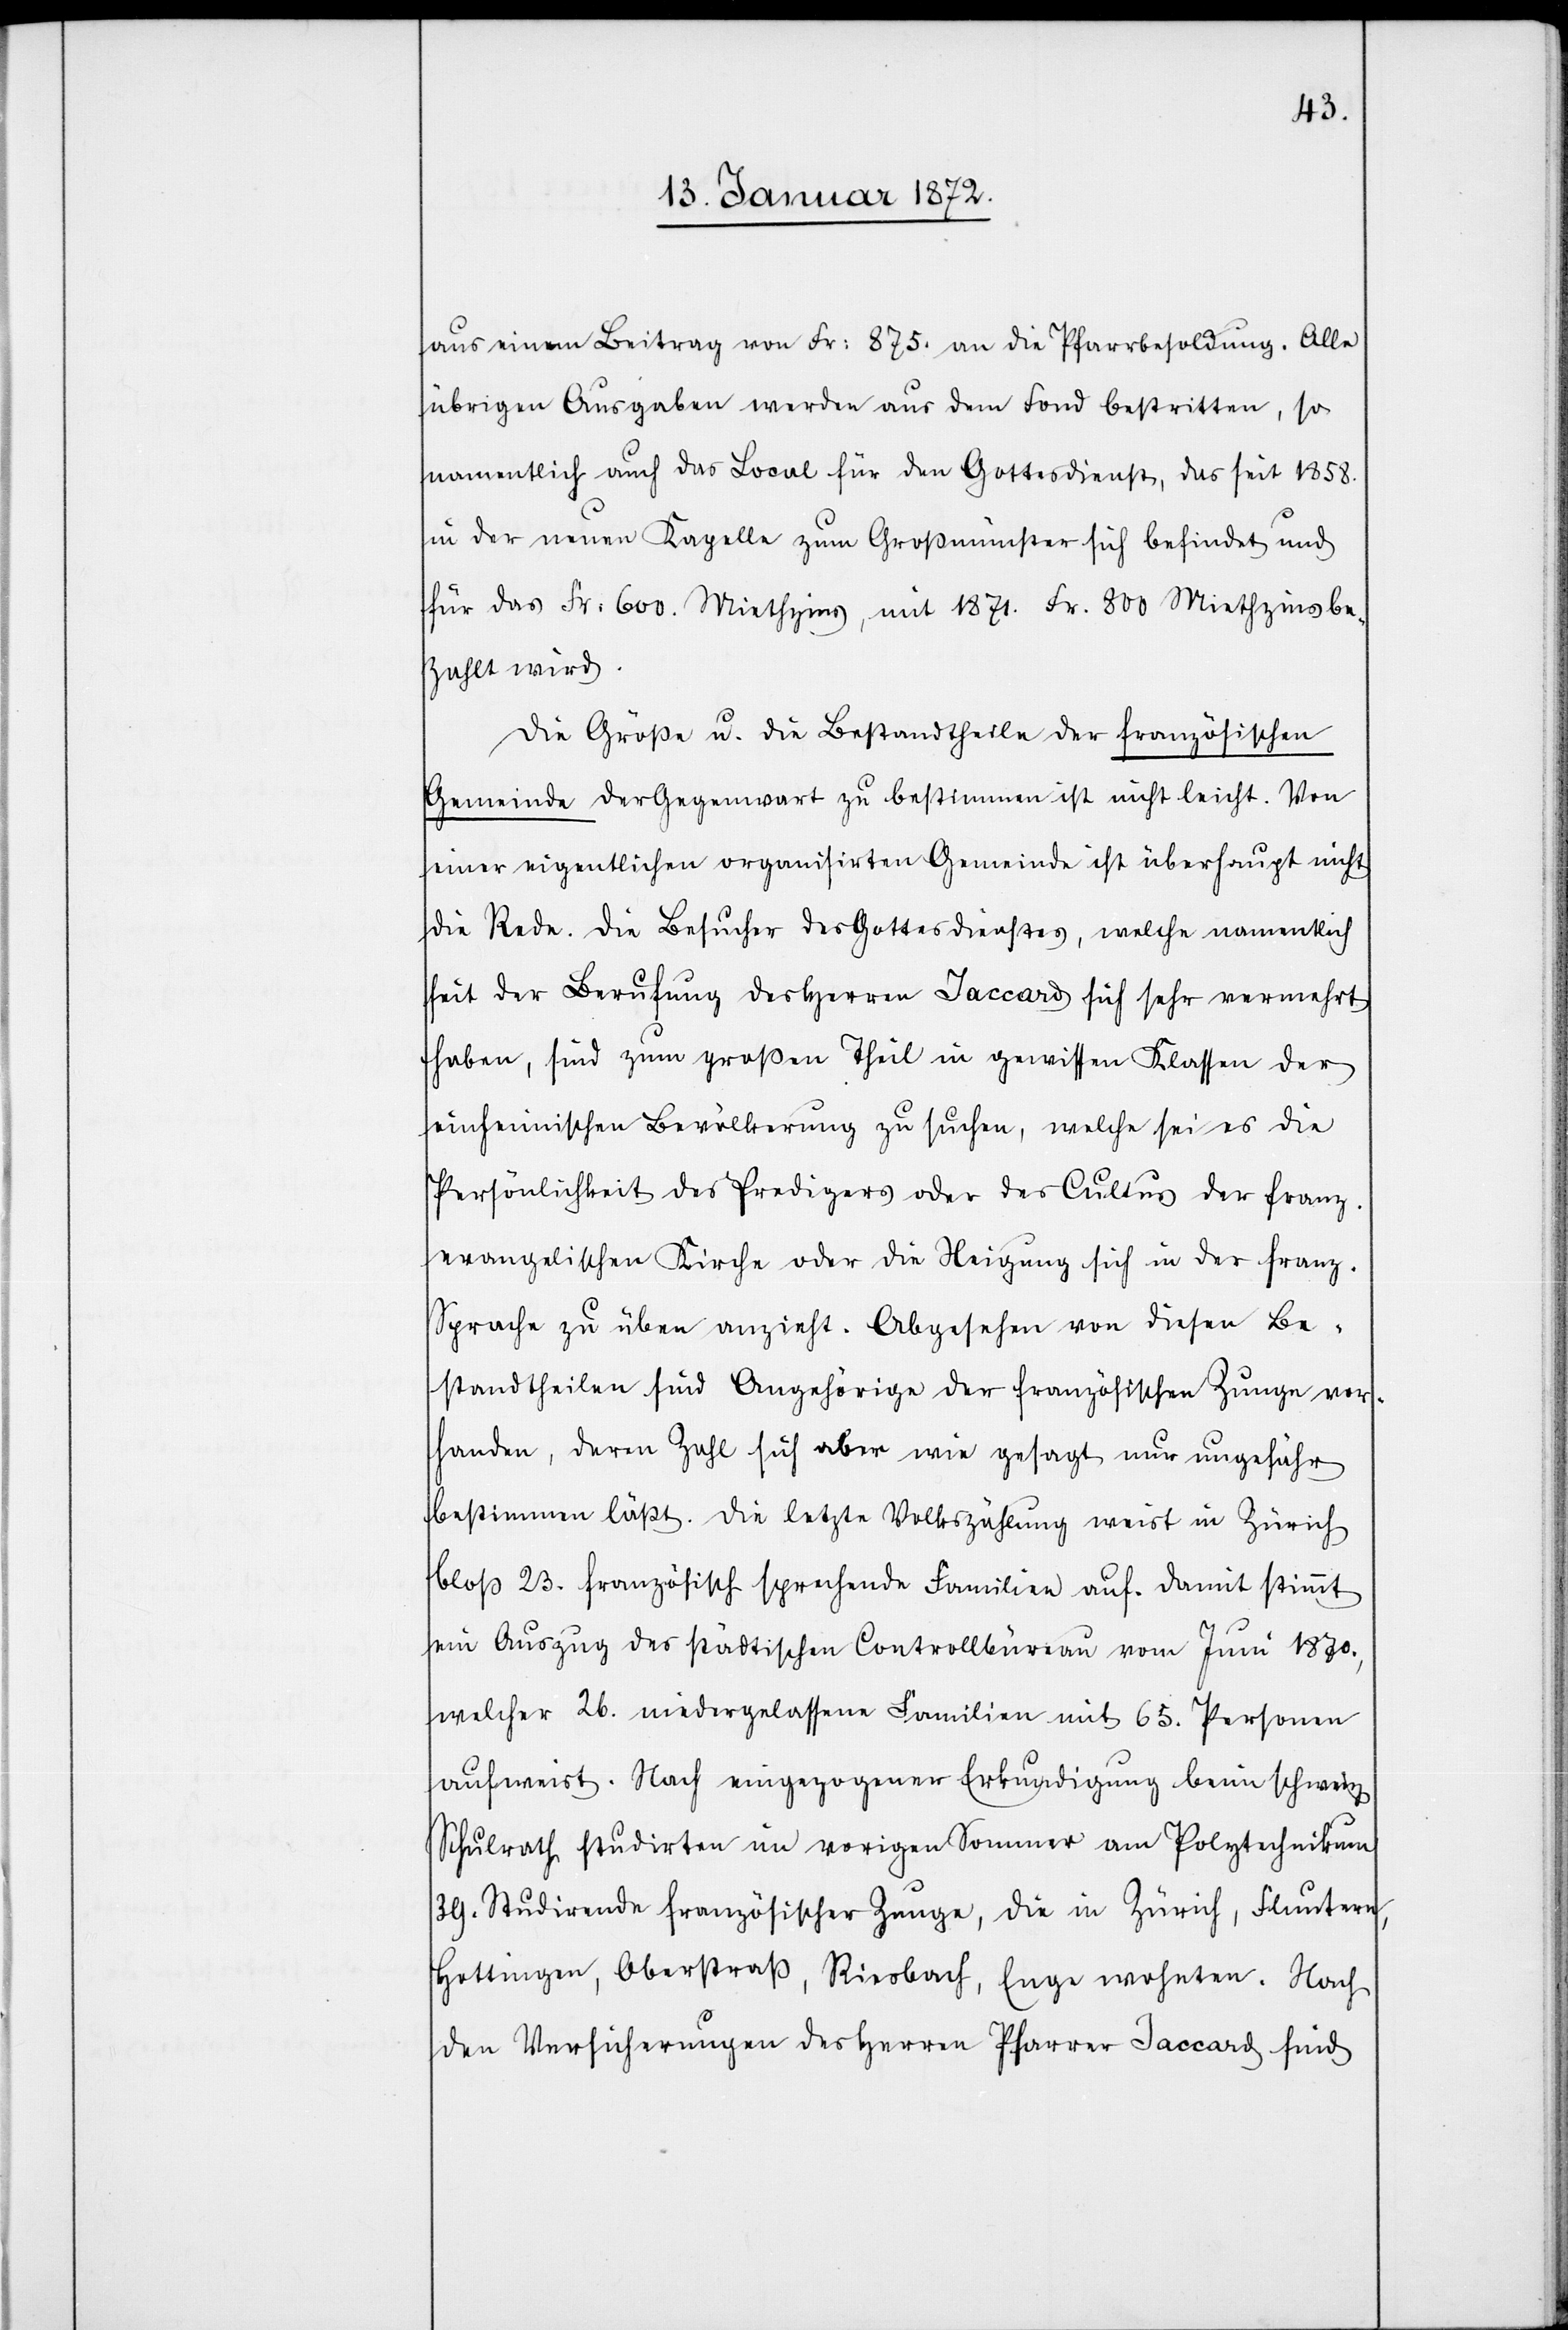
aus einem Beitrag von Fr: 875. an die Pfarrbesoldung. Alle
übrigen Ausgaben werden aus dem Fond bestritten, so
namentlich auch das Local für den Gottesdienst, das seit 1858.
in der neuen Kapelle zum Großmünster sich befindet und
für das Fr: 600. Miethzins, mit 1871. Fr. 800 Miethzins be¬
zahlt wird.
Die Größe u. die Bestandtheile der französischen
Gemeinde der Gegenwart zu bestimmen ist nicht leicht. Von
einer eigentlichen organisierten Gemeinde ist überhaupt nicht
die Rede. Die Besucher des Gottesdienstes, welche namentlich
seit der Berufung des Herren Jaccard sich sehr vermehrt
haben, sind zum großen Theil in gewissen Klassen der
einheimischen Bevölkerung zu suchen, welche sei es die
Persönlichkeit des Predigers oder des Cultus der franz.
evangelischen Kirche oder die Neigung sich in der franz.
Sprache zu üben anzieht. Abgesehen von diesen Be¬
standtheilen sind Angehörigen der französischen Zunge vor¬
handen, deren Zahl sich aber wie gesagt nur ungefähr
bestimmen läßt. Die letzte Volkszählung weist in Zürich
bloß 23. französische sprechende Familien auf. Damit stimmt
ein Auszug des städtischen Controllbüreau vom Juni 1870.,
welcher 26. niedergelassene Familien mit 65. Personen
aufweist. Nach eingezogener Erkundigung beim schweiz.
Schulrath studirten im vorigen Sommer am Polytechnikum
39. Studirende französischer Zunge, die in Zürich, Fluntern,
Hottingen, Oberstraß, Riesbach, Enge wohnten. Nach
den Versicherungen des Herren Pfarrer Jaccard sind